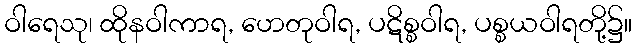
ဝါရေသု၊ ထိုနဝါကာရ, ဟေတုဝါရ, ပဋိစ္စဝါရ, ပစ္စယဝါရတို့၌။